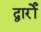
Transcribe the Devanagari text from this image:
द्वार्रों